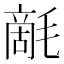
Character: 𣯵